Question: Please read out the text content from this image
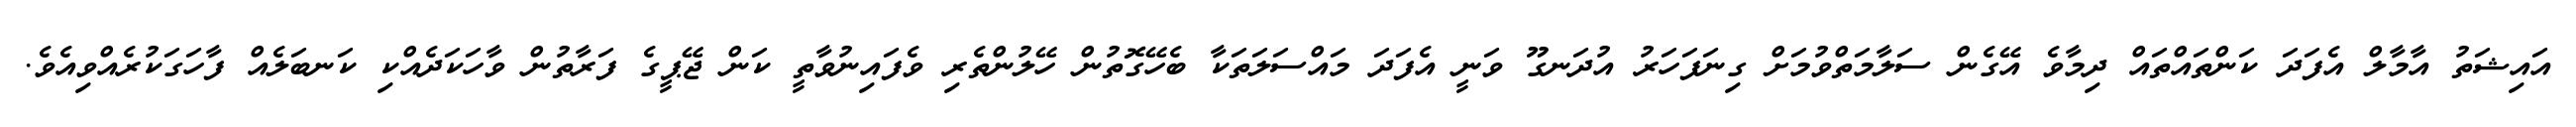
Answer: އައިޝަތު އާމާލް އެފަދަ ކަންތައްތައް ދިމާވެ އޭގެން ސަލާމަތްވުމަށް ގިނަފަހަރު އުދަނގޫ ވަނީ އެފަދަ މައްސަލަތަކާ ބެހޭގޮތުން ހޭލުންތެރި ވެފައިނުވާތީ ކަން ޖޭޕީގެ ފަރާތުން ވާހަކަދެއްކި ކަނބަލެއް ފާހަގަކުރެއްވިއެވެ.